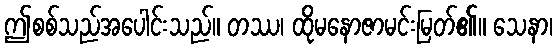
ဤစစ်သည်အပေါင်းသည်။ တဿ၊ ထိုမနောဇာမင်းမြတ်၏။ သေနာ၊